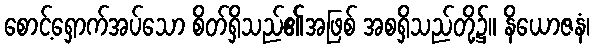
စောင့်ရှောက်အပ်သော စိတ်ရှိသည်၏အဖြစ် အစရှိသည်တို့၌။ နိယောဇနံ၊